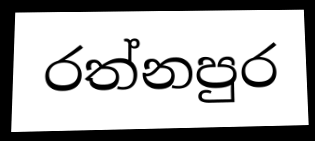
රත්නපුර